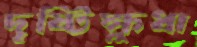
দৃষ্টিক্ষুধা